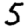
Digit: 5